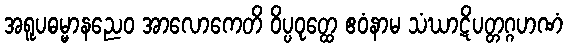
အရူပဓမ္မာနညေဝ အာလောကေတိ ဝိပ္ပဝုတ္ထေ ဧဝံနာမ သံဃာဋိပတ္တဂ္ဂဟဏံ